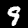
Digit: 9